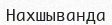
Нахшыванда